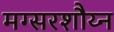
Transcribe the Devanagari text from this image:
मग्सरशौय्न